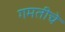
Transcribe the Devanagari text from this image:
गमतीचे